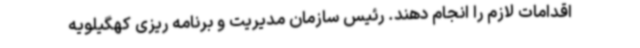
اقدامات لازم را انجام دهند. رئیس سازمان مدیریت و برنامه ریزی کهگیلویه